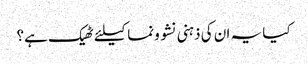
کیا یہ ان کی ذہنی نشو ونما کیلئے ٹھیک ہے؟